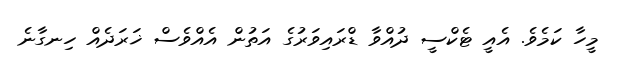
މީހާ ކަމެވެ. އެއީ ޓެކްސީ ދުއްވާ ޑްރައިވަރުގެ އަތުން އެއްވެސް ޚަރަދެއް ހިނގާނެ